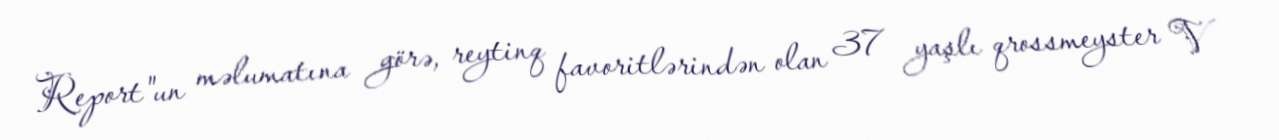
Report"un məlumatına görə, reytinq favoritlərindən olan 37 yaşlı qrossmeyster V